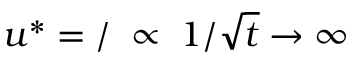
u ^ { * } = \d s / \d t \; \propto \; 1 / \sqrt { t } \rightarrow \infty